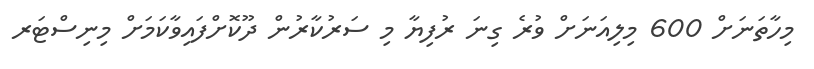
މިހާތަނަށް 600 މިލިއަނަށް ވުރެ ގިނަ ރުފިޔާ މި ސަރުކާރުން ދޫކޮށްފައިވާކަމަށް މިނިސްޓަރ